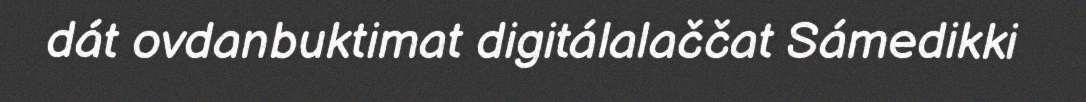
dát ovdanbuktimat digitálalaččat Sámedikki